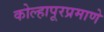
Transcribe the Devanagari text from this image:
कोल्हापूरप्रमाणे